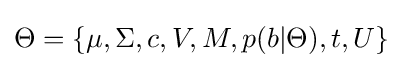
\Theta =\{\mu ,\Sigma ,c,V,M,p(b|\Theta ),t,U\}